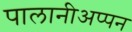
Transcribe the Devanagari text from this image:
पालानीअप्पन